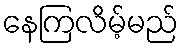
နေကြလိမ့်မည်